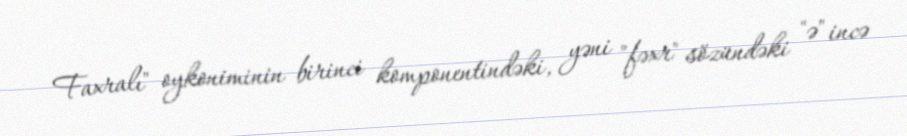
Faxralı" oykoniminin birinci komponentindəki, yəni "fəxr" sözündəki "ə" incə